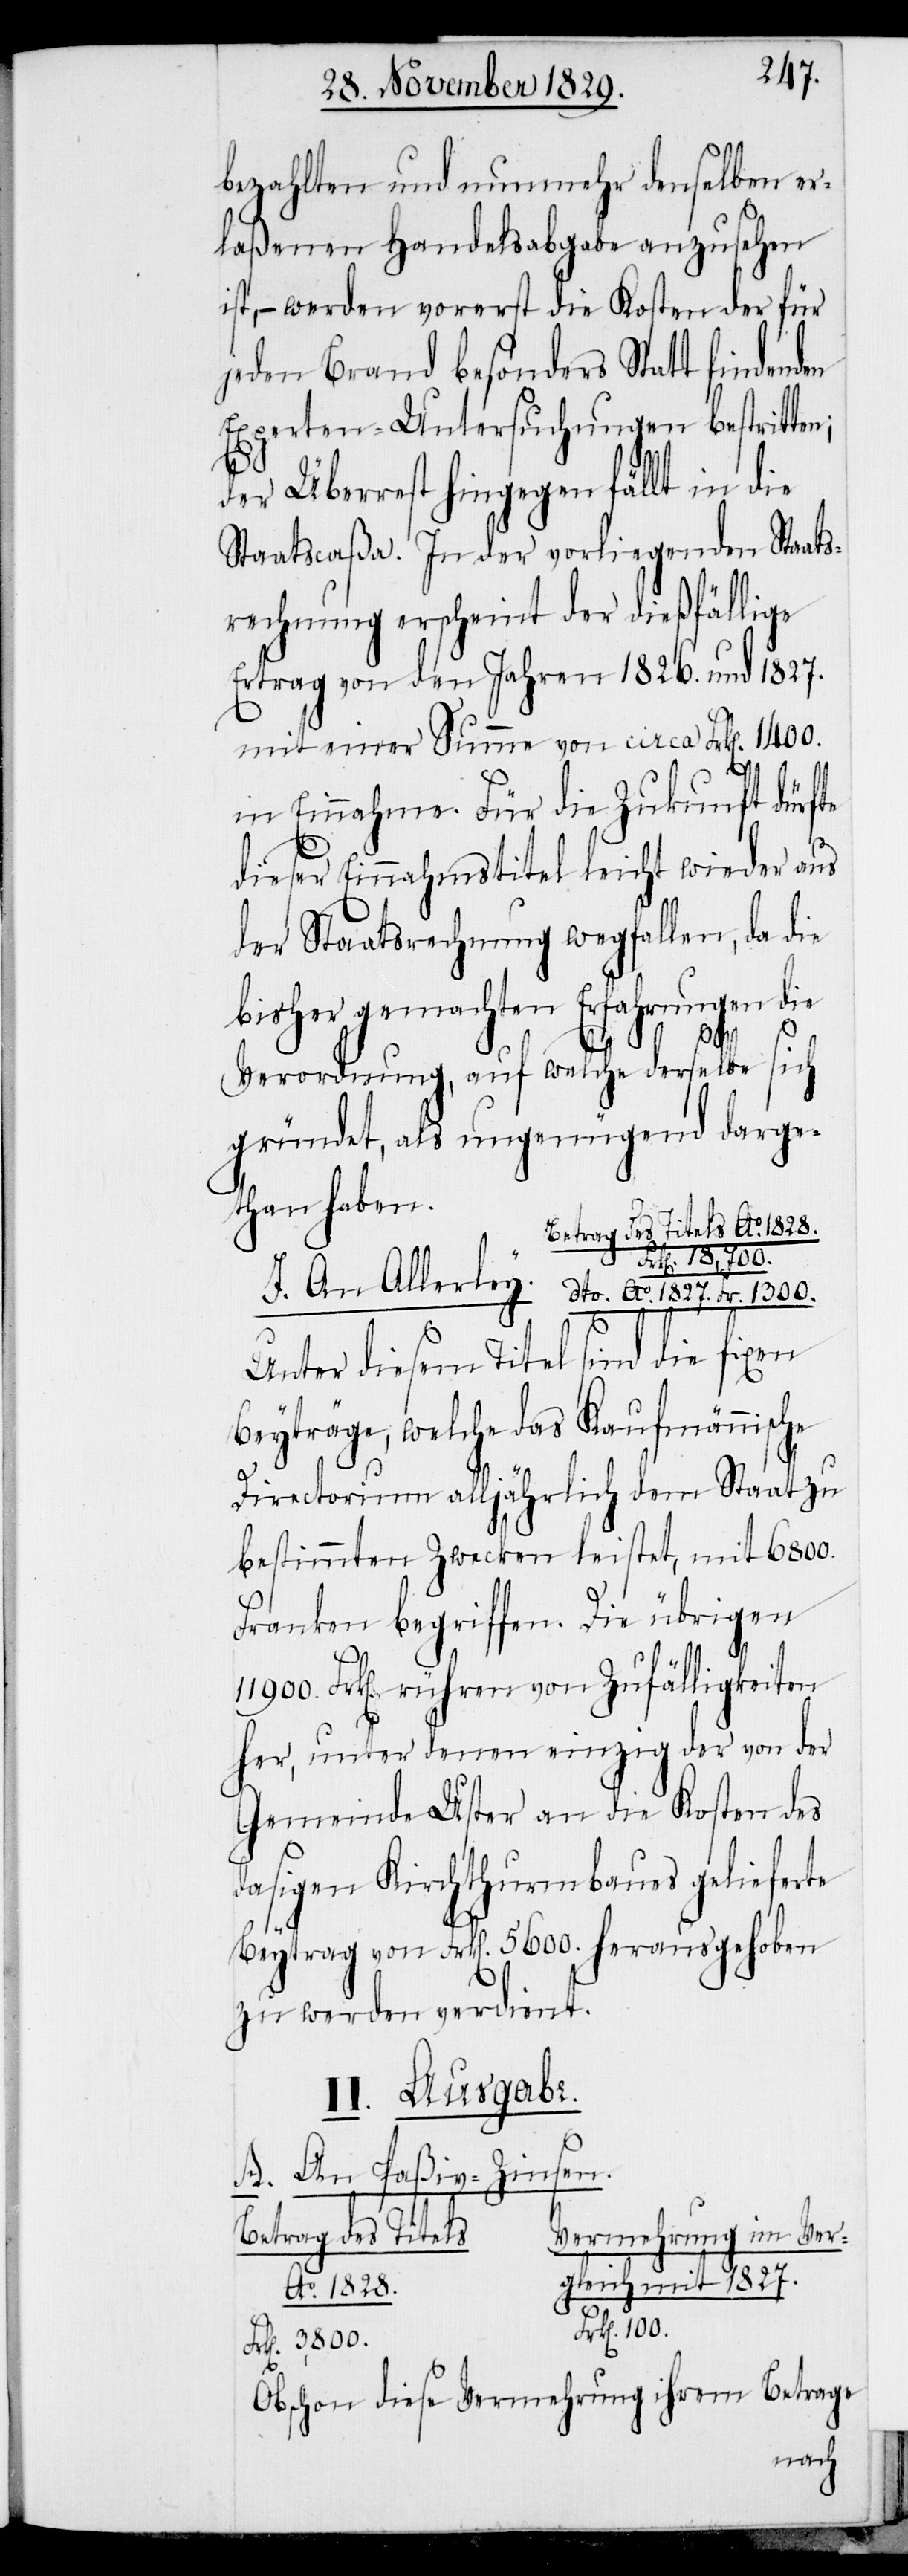
bezahlten und nunmehr denselben er¬
laßenen Handelsabgabe anzusehen
ist, – werden vorerst die Kosten der für
jeden Brand besonders Statt findenden
Experten-Untersuchungen bestritten;
der Überrest hingegen fällt in die
Staatscaßa. In der vorliegenden Staat¬
srechnung erscheint der dießfällige
Ertrag von den Jahren 1826. und 1827.
mit einer Summe von circa Frk[en]. 1400.
in Einnahme. Für die Zukunft dürfte
dieser Einnahmstitel leicht wieder aus
der Staatsrechnung wegfallen, da die
bisher gemachten Erfahrungen die
11900.
Verordnung, auf welche derselbe sich
gründet, als ungenügend darge¬
than haben.
Betrag des Titels Ao. 1828.
Frk[en]. 100.
Unter diesem Titel sind die fixen
Beyträge, welche das Kaufmännische
Directorium alljährlich dem Staat zu
bestimmten Zwecken leistet, mit 6800.
Franken begriffen. Die übrigen
Frk[en]. rühren von Zufälligkeiten
her, unter denen einzig der von der
Gemeinde Uster an die Kosten des
dasigen Kirchthurmbaues gelieferte
Beytrag von Frk[en]. 5600. herausgehoben
zu werden verdient.
II. Ausgabe.
A. An Paßiv-Zinsen.
Vermehrung im Ver¬
Betrag des Titels.
mit 1827.
Fr. 1300.
Obschon diese Vermehrung ihrem Betrage
gleich